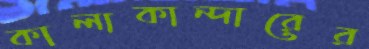
কালাকান্দারের